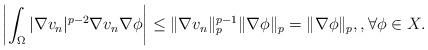
LaTeX: \begin{align*}\left| \int_{\Omega} |\nabla v_n|^{p-2} \nabla v_n \nabla \phi \right| \leq \|\nabla v_n\|_p^{p-1} \|\nabla \phi\|_p = \|\nabla \phi\|_p, , \forall \phi \in X.\end{align*}